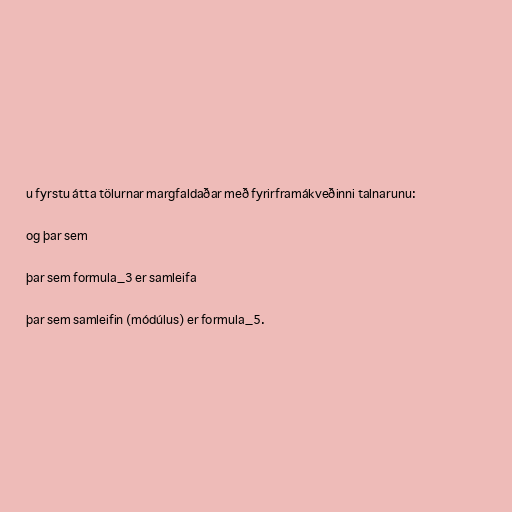
u fyrstu átta tölurnar margfaldaðar með fyrirframákveðinni talnarunu:

og þar sem

þar sem formula_3 er samleifa

þar sem samleifin (módúlus) er formula_5.